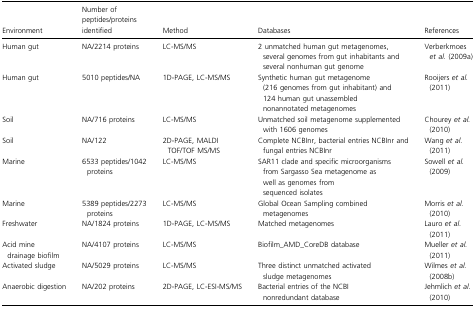
<table><thead><tr><td><b>Environment</b></td><td><b>Number of peptides/proteins identified</b></td><td><b>Method</b></td><td><b>Databases</b></td><td><b>References</b></td></tr></thead><tbody><tr><td>Human gut</td><td>NA/2214 proteins</td><td>LC-MS/MS</td><td>2 unmatched human gut metagenomes, several genomes from gut inhabitants and several nonhuman gut genome</td><td>Verberkmoes <i>et al</i>. (2009a)</td></tr><tr><td>Human gut</td><td>5010 peptides/NA</td><td>1D-PAGE, LC-MS/MS</td><td>Synthetic human gut metagenome (216 genomes from gut inhabitant) and 124 human gut unassembled nonannotated metagenomes</td><td>Rooijers <i>et al</i>. (2011)</td></tr><tr><td>Soil</td><td>NA/716 proteins</td><td>LC-MS/MS</td><td>Unmatched soil metagenome supplemented with 1606 genomes</td><td>Chourey <i>et al</i>. (2010)</td></tr><tr><td>Soil</td><td>NA/122</td><td>2D-PAGE, MALDI TOF/TOF MS/MS</td><td>Complete NCBInr, bacterial entries NCBInr and fungal entries NCBInr</td><td>Wang <i>et al</i>. (2011)</td></tr><tr><td>Marine</td><td>6533 peptides/1042 proteins</td><td>LC-MS/MS</td><td>SAR11 clade and specific microorganisms from Sargasso Sea metagenome as well as genomes from sequenced isolates</td><td>Sowell <i>et al</i>. (2009)</td></tr><tr><td>Marine</td><td>5389 peptides/2273 proteins</td><td>LC-MS/MS</td><td>Global Ocean Sampling combined metagenomes</td><td>Morris <i>et al</i>. (2010)</td></tr><tr><td>Freshwater</td><td>NA/1824 proteins</td><td>1D-PAGE, LC-MS/MS</td><td>Matched metagenomes</td><td>Lauro <i>et al</i>. (2011)</td></tr><tr><td>Acid mine drainage biofilm</td><td>NA/4107 proteins</td><td>LC-MS/MS</td><td>Biofilm_AMD_CoreDB database</td><td>Mueller <i>et al</i>. (2011)</td></tr><tr><td>Activated sludge</td><td>NA/5029 proteins</td><td>LC-MS/MS</td><td>Three distinct unmatched activated sludge metagenomes</td><td>Wilmes <i>et al</i>. (2008b)</td></tr><tr><td>Anaerobic digestion</td><td>NA/202 proteins</td><td>2D-PAGE, LC-ESI-MS/MS</td><td>Bacterial entries of the NCBI nonredundant database</td><td>Jehmlich <i>et al</i>. (2010)</td></tr></tbody></table>